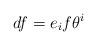
LaTeX: \begin{align*}df = e_i f \theta^i \end{align*}